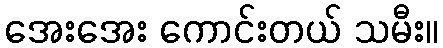
အေးအေး ကောင်းတယ် သမီး။